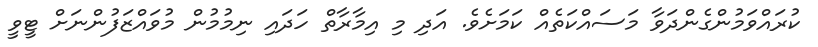
ކުރައްވަމުންގެންދަވާ މަސައްކަތެއް ކަމަށެވެ. އަދި މި އިމާރާތް ހަދައި ނިމުމުން މުވައްޒަފުންނަށް ޓީވީ